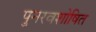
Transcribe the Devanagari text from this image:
पुनरवशोषित